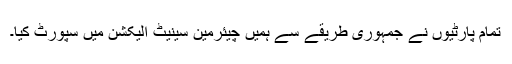
تمام پارٹیوں نے جمہوری طریقے سے ہمیں چیئرمین سینیٹ الیکشن میں سپورٹ کیا۔